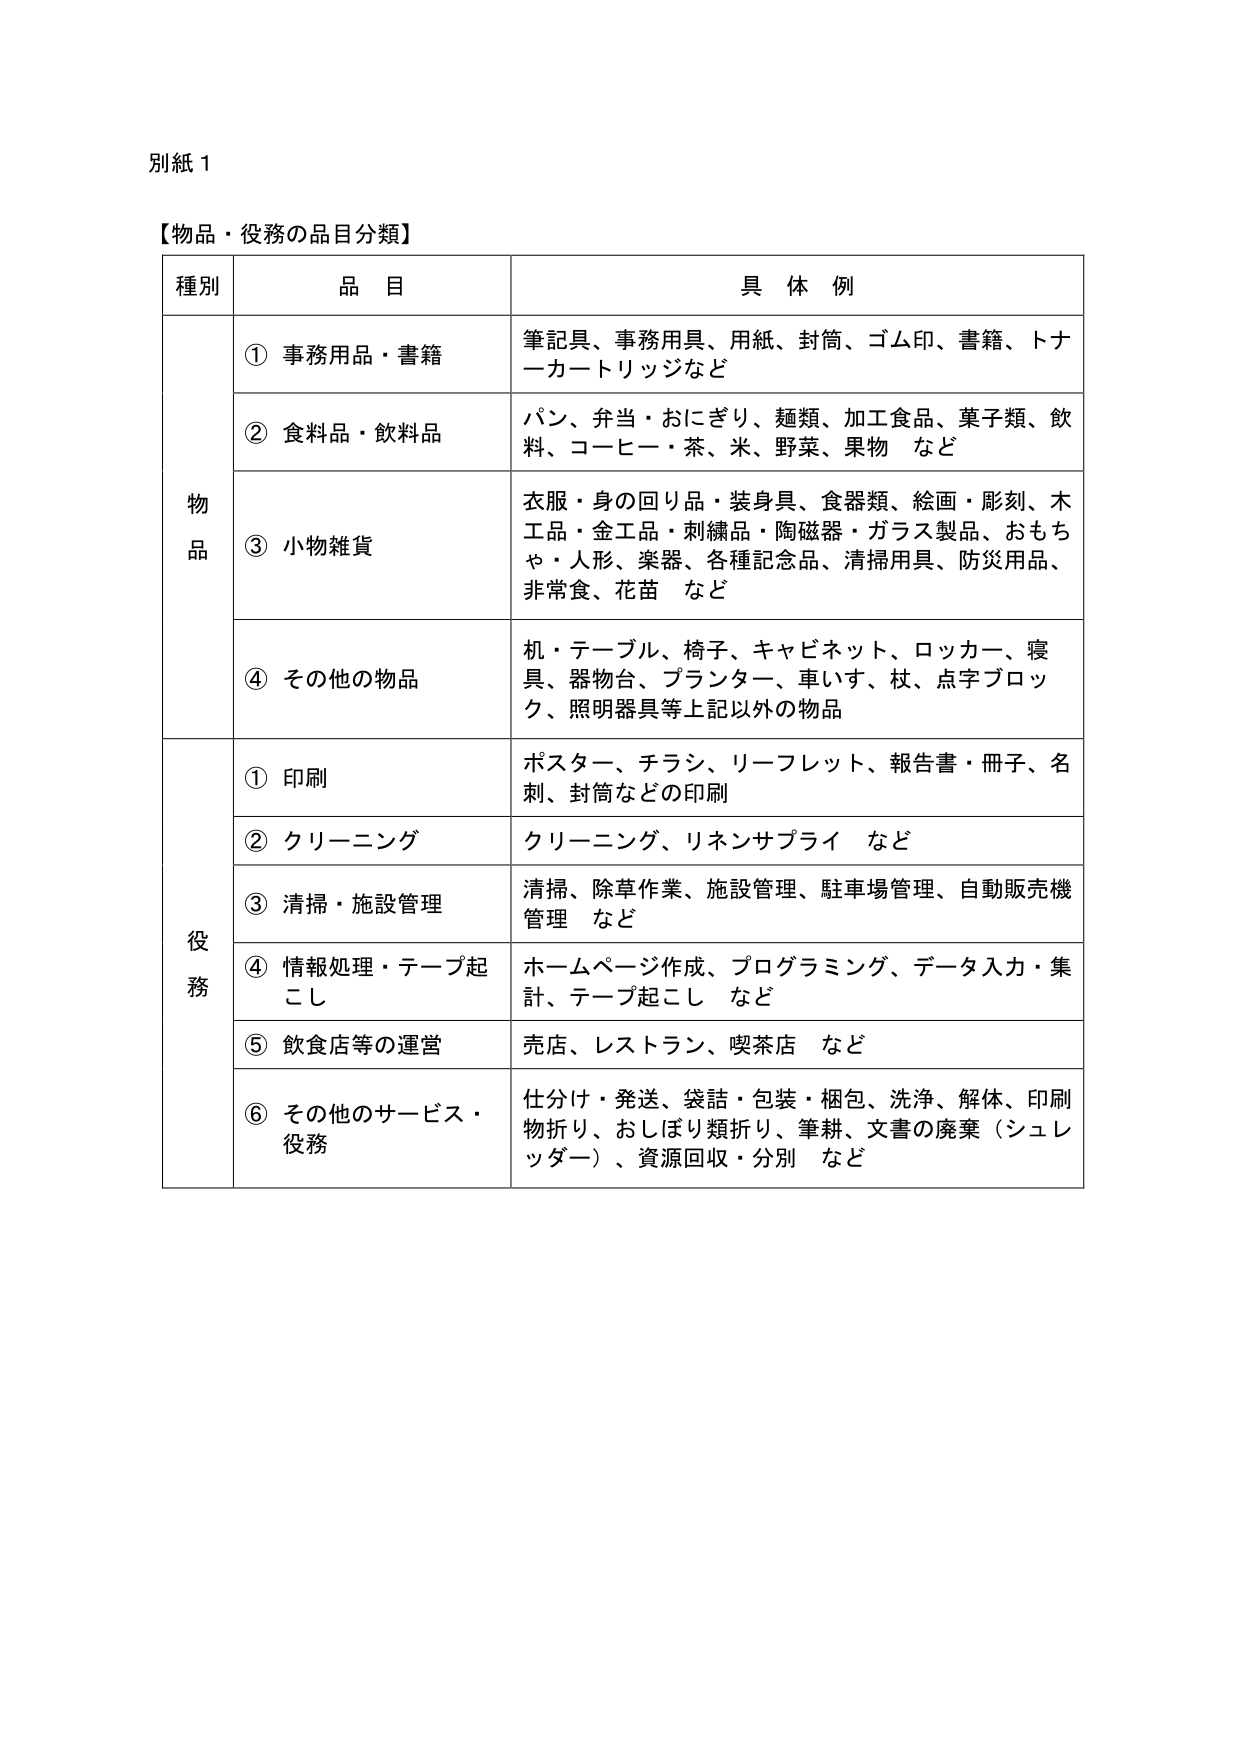
別紙１

【物品・役務の品目分類】

種別　　品目　　具体例

物品
　① 事務用品・書籍　　筆記具、事務用具、用紙、封筒、ゴム印、書籍、トナーカートリッジなど
　② 食料品・飲料品　　パン、弁当・おにぎり、麺類、加工食品、菓子類、飲料、コーヒー・茶、米、野菜、果物　など
　③ 小物雑貨　　衣服・身の回り品・装身具、食器類、絵画・彫刻、木工品・金工品・刺繍品・陶磁器・ガラス製品、おもちゃ・人形、楽器、各種記念品、清掃用具、防災用品、非常食、花苗　など
　④ その他の物品　　机・テーブル、椅子、キャビネット、ロッカー、寝具、器物台、プランター、車いす、杖、点字ブロック、照明器具等上記以外の物品

役務
　① 印刷　　ポスター、チラシ、リーフレット、報告書・冊子、名刺、封筒などの印刷
　② クリーニング　　クリーニング、リネンサプライ　など
　③ 清掃・施設管理　　清掃、除草作業、施設管理、駐車場管理、自動販売機管理　など
　④ 情報処理・テープ起こし　　ホームページ作成、プログラミング、データ入力・集計、テープ起こし　など
　⑤ 飲食店等の運営　　売店、レストラン、喫茶店　など
　⑥ その他のサービス・役務　　仕分け・発送、袋詰・包装・梱包、洗浄、解体、印刷物折り、おしぼり類折り、筆耕、文書の廃棄（シュレッダー）、資源回収・分別　など